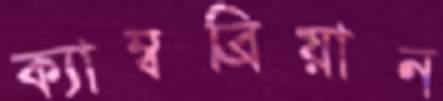
ক্যাম্বব্রিয়ান